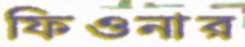
ফিওনার